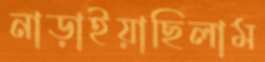
নাড়াইয়াছিলাম